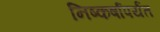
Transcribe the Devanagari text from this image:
निष्कर्षापर्यंत